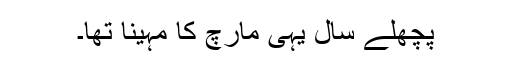
پچھلے سال یہی مارچ کا مہینا تھا۔